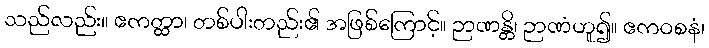
သည်လည်း။ ဧကတ္ထာ၊ တစ်ပါးတည်း၏ အဖြစ်ကြောင့်။ ဉာဏန္တိ၊ ဉာဏံဟူ၍။ ဧကဝစနံ၊